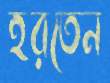
হরতেন